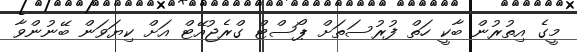
މީގެ އިތުރުން ބާކީ ހަތް ފުރުސަތަށް ޕޯސްޓް ގްރެޖުއޭޓް އަށް ކިޔަވަން ބޭނުންވާ